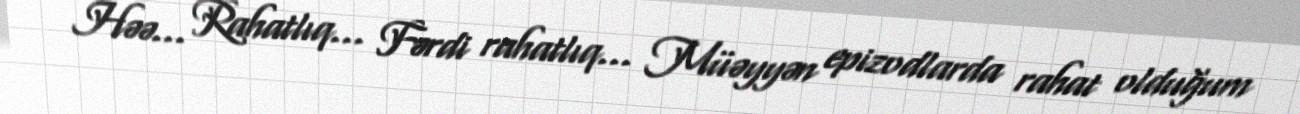
- Həə... Rahatlıq... Fərdi rahatlıq... Müəyyən epizodlarda rahat olduğum